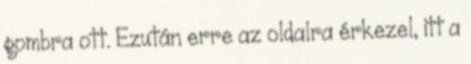
gombra ott. Ezután erre az oldalra érkezel, itt a